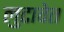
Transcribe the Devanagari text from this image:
लुटावेत